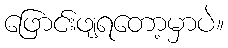
ဖြောင်းဖျရတော့မှာပဲ။